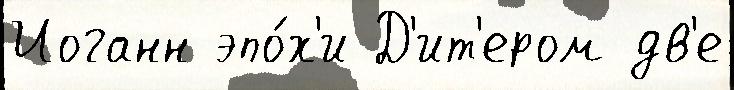
Иоганн эпо́х'и Д'ит'ером дв'е